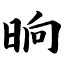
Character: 晌